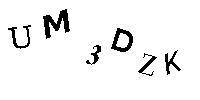
UM3DZK